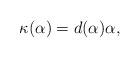
LaTeX: \begin{align*}\kappa(\alpha) = d(\alpha)\alpha,\end{align*}